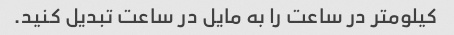
کیلومتر در ساعت را به مایل در ساعت تبدیل کنید.